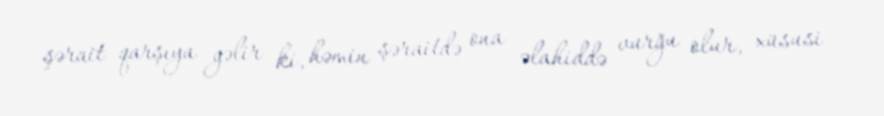
şərait qarşıya gəlir ki, həmin şəraitdə ona əlahiddə vurğu olur, xüsusi